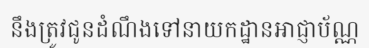
នឹងត្រូវជូនដំណឹងទៅនាយកដ្ឋានអាជ្ញាប័ណ្ណ